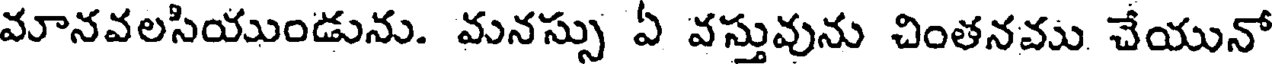
మానవలసియుండును. మనస్సు ఏ వస్తువును చింతనము చేయునో